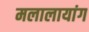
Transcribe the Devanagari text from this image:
मलालायांग